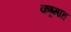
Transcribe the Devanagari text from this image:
कब्र्गाह